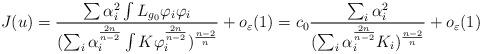
LaTeX: \begin{align*}J(u)=\frac{\sum \alpha_{i}^{2}\int L_{g_{0}}\varphi_{i}\varphi_{i}}{(\sum_{i}\alpha_{i}^{\frac{2n}{n-2}}\int K\varphi_{i}^{\frac{2n}{n-2}})^{\frac{n-2}{n}}}+o_{\varepsilon}(1)=c_{0}\frac{\sum_{i}\alpha_{i}^{2}}{(\sum_{i}\alpha_{i}^{\frac{2n}{n-2}}K_{i})^{\frac{n-2}{n}}}+o_{\varepsilon}(1)\end{align*}